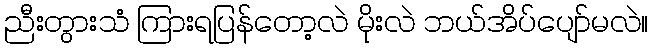
ညီးတွားသံ ကြားရပြန်တော့လဲ မိုးလဲ ဘယ်အိပ်ပျော်မလဲ။